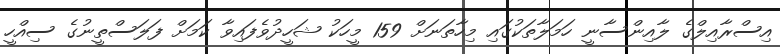
އިސްރާއިލްގެ ލާއިންސާނީ ހަމަލާތަކުގައި މިހާތަނަށް 159 މީހަކު ޝަހީދުވެފައިވާ ކަމަށް ފަލަސްތީނުގެ ސިއްހީ